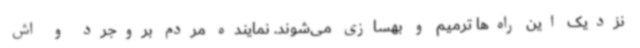
نزدیک این راه‌ها ترمیم و بهسازی می‌شوند. نماینده مردم بروجرد و اش